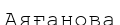
Аяғанова